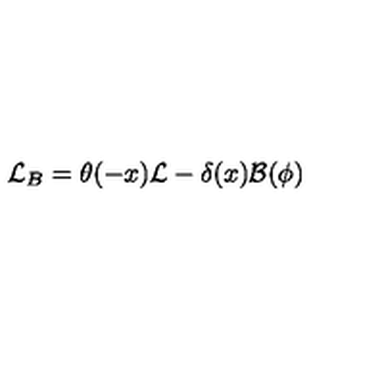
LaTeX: { \cal L } _ { B } = \theta ( - x ) { \cal L } - \delta ( x ) { \cal B } ( \phi )